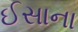
ઈસાના